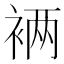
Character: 𮖁